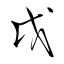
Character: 戉